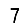
Digit: 7